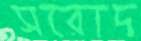
সরোদ